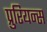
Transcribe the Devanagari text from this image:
प्रुरियन्स